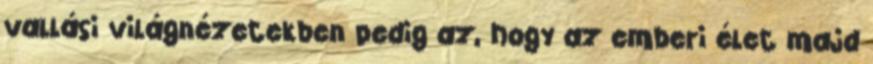
vallási világnézetekben pedig az, hogy az emberi élet majd